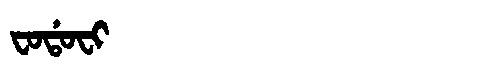
Manchu: ᠸᠣᡩᠣᠸᡳ
Romanization: FODOFI